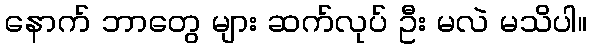
နောက် ဘာတွေ များ ဆက်လုပ် ဦး မလဲ မသိပါ။